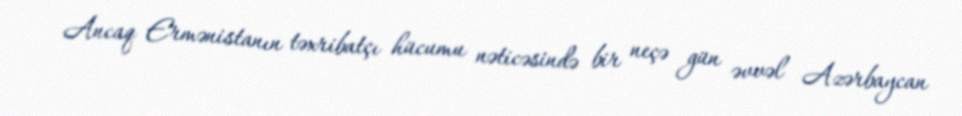
Ancaq Ermənistanın təxribatçı hücumu nəticəsində bir neçə gün əvvəl Azərbaycan